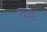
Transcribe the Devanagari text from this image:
कुङ